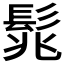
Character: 𩬱